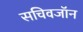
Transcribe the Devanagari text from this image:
सचिवजॉन